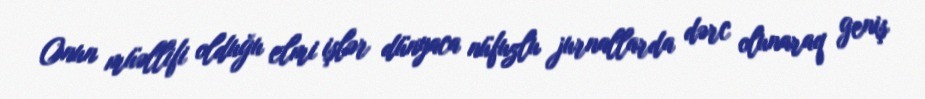
Onun müəllifi olduğu elmi işlər dünyaca nüfuzlu jurnallarda dərc olunaraq geniş